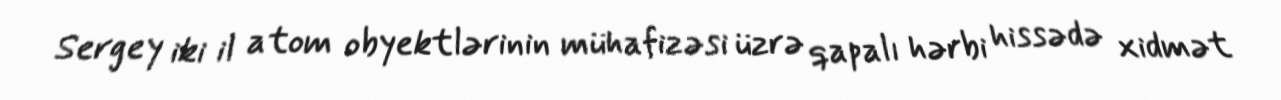
Sergey iki il atom obyektlərinin mühafizəsi üzrə qapalı hərbi hissədə xidmət